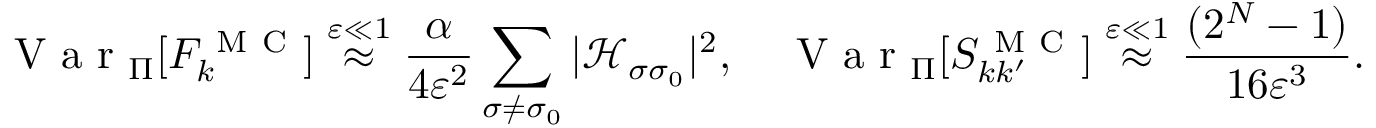
\mathrm { ~ V ~ a ~ r ~ } _ { \Pi } [ F _ { k } ^ { \mathrm { ~ M ~ C ~ } } ] \stackrel { \varepsilon \ll 1 } { \approx } \frac { \alpha } { 4 \varepsilon ^ { 2 } } \sum _ { \sigma \neq \sigma _ { 0 } } | \mathcal { H } _ { \sigma \sigma _ { 0 } } | ^ { 2 } , \quad \mathrm { ~ V ~ a ~ r ~ } _ { \Pi } [ S _ { k k ^ { \prime } } ^ { \mathrm { ~ M ~ C ~ } } ] \stackrel { \varepsilon \ll 1 } { \approx } \frac { ( 2 ^ { N } - 1 ) } { 1 6 \varepsilon ^ { 3 } } .